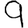
Digit: 9